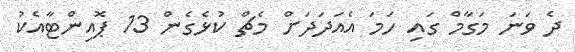
ދެ ވަނަ މަގާމް ގައި ހަމަ އެއަދަދަށް މެޗް ކުޅެގެން 13 ޕޮއިންޓާއެކު